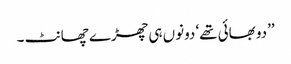
’’دو بھائی تھے‘ دونوں ہی چھڑے چھانٹ ۔